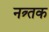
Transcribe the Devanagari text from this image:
नत्र्तक